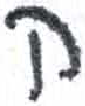
אות: ק